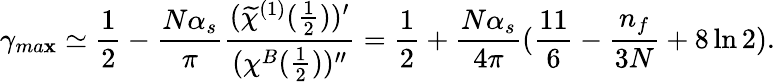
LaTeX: \gamma_{ma\mathbf{x}}\simeq\frac{{1}}{{2}}-\frac{{N\alpha_{s}}}{{\pi}}\frac{{(\widetilde{{\chi}}^{(1)}(\frac{{1}}{{2}}))^{\prime}}}{{(\chi^{B}(\frac{{1}}{{2}}))^{\prime\prime}}}=\frac{{1}}{{2}}+\frac{{N\alpha_{s}}}{{4\pi}}(\frac{{11}}{{6}}-\frac{{n_{f}}}{{3N}}+8\ln2).